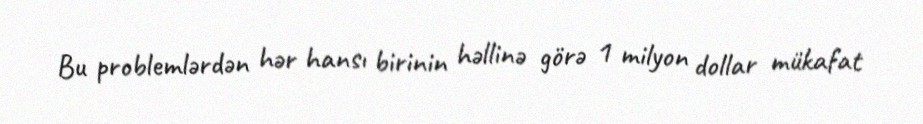
Bu problemlərdən hər hansı birinin həllinə görə 1 milyon dollar mükafat